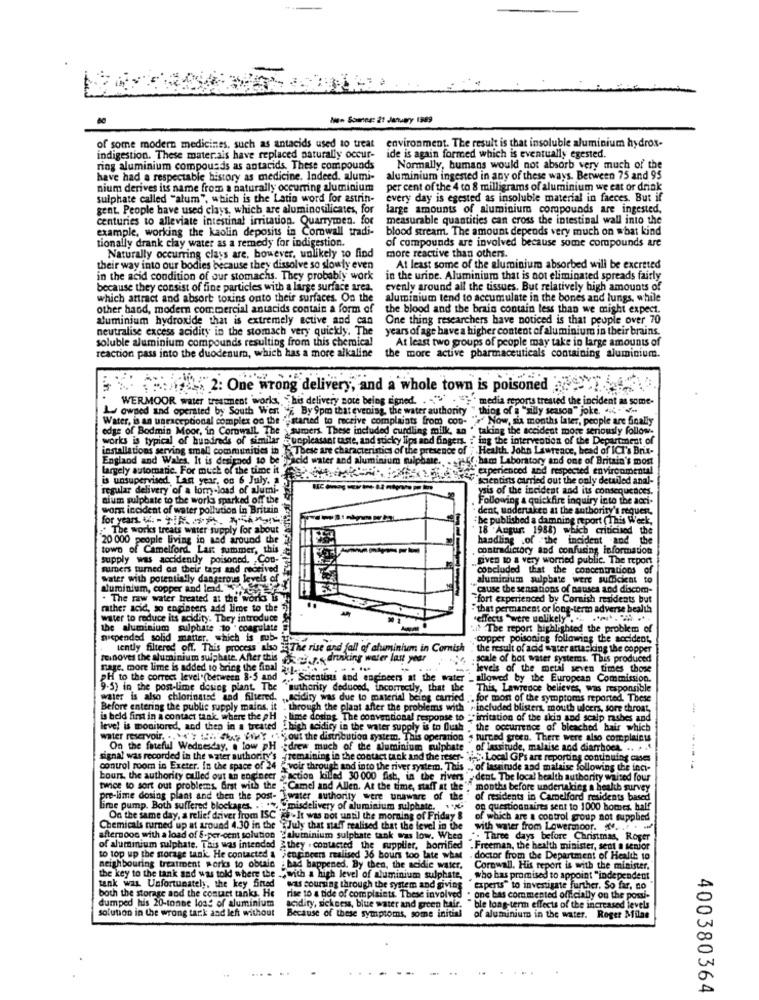
han Somnes: 21 January 1989
environment. The result is that insoluble aluminium hydrox-
of some modern medicines, such as antacids used to treat
indigestion. These materais have replaced naturally occur-
ide is again formed which is eventually egested.
ring aluminium compounds as antacids. These compounds
Normally, humans would not absorb very much of the
have had a respectable history as medicine. Indeed, alumi-
aluminium ingested in any of these ways. Between 75 and 95
nium derives its name from a naturally occurring aluminium
per cent of the 4 to 8 milligrams of aluminium we eat or drink
sulphate called "alum", which is the Latin word for astrin-
every day is egested as insoluble material in faeces. But if
gent. People have used clays, which are aluminosilicates, for
large amounts of aluminium compounds are ingested,
centuries to alleviate intestinal irritation. Quarrymen. for
measurable quantities can cross the intestinal wall into the
example, working the kaolin deposits in Cornwall tradi-
blood stream. The amount depends very much on what kind
tionally drank clay water as a remedy for indigestion.
of compounds are involved because some compounds are
Naturally occurring clays are, however, unlikely to find
more reactive than others.
their way into our bodies because they dissolve so slowly even
At least some of the aluminium absorbed will be excreted
in the acid condition of our stomachs. They probably work
in the urine. Aluminium that is not eliminated spreads fairly
because they consist of fine particles with a large surface area.
evenly around all the tissues. But relatively high amounts of
which attract and absorb toxins onto their surfaces. On the
aluminium tend to accumulate in the bones and lungs, while
other hand, modern commercial antacids contain a form of
the blood and the brain contain less than we might expect.
aluminium hydroxide that is extremely active and can
One thing researchers have noticed is that peuple over 70
neutralise excess acidity in the stomach very quickly. The
years of age have a higher content of aluminium in their brains.
soluble aluminium compounds resulting from this chemical
.At least two groups of people may take in large amounts of
reaction pass into the duodenum, which has a more alkaline
the more active pharmaceuticals containing aluminium.
pois 2: One wrong delivery, and a whole town is poisoned
WERMOOR water treatment work, his delivery note being signed.
media reports treated the incident as some-
Lu owned and operated by South West ", By 9pm that evening, the water authority " thing of a "silly
joke. -
Water, is an unexcepcional complex on the '"started to receive complaints from con- "+" Now, six months later, people are finally
edge of Bodmin Moor, in Cornwall, The > sumers. These included curdling milk, an " taking the acciden
moge senously follow-
works is typical of hundreds of similar yunpleasant taste, and sticky lips and fingers.
ing the intervention of the Department of
installations serving small communities in
DUbese are characteristics of the presence of
[Health John Lawrence, head of ICI's Brix-
England and Wales, It is designed to be jracid water and aluminium quiph
pff. ham Laboratory and one of Britain's most
largely automatic. For much of the time it
experienced and
respected environmental
is unsupervised Last year, on 6 July.
Scientists carrie
out the only detailed anal-
regular delivery of a lom -load of alumi-
ysis of the incident and its consequences.
sium sulphate to the world sparked off the
Following & quic
nickfire inquiry into the acri-
worst incident of water pollution in Britain
dent, undertaken at the authority's requer.
for years. V. - NR. DA. MA
be published a damning report (This Week,
* The works treats water supply for about
18 Augur: 1988) which criticised the
20 000 people living in and around che
handling .of the incident and the
town of Camelford Last summer, this
contradictory and confusing information
supply was accidently poisoned. Con-
given to a very worried public. The report
mimers turned on their taps and received
"concluded that the concentrations of
Water with potentially dangerous levels of
aluminium sulphate were sufficient
aluminium, copper and lend. "
cause the sensations of nausea and discom-
. The raw water treated at the world Is
Ffort experienced by Cornish residents but
rather acid, so engineers add lime to the
"that permanent or long-term adverse health
water to reduce its acidity. They introduce
effects "were wolikely . ... ....
the aluminium sulphate 10 . coagulate
.if The report highlighted the problem of
suspended solid matter, which is mub-
copper poisoning following the accident,
tently filtered off. This process also E The rise and fall of aluminium in Cornish , the result of acid water attacking the copper
the result of acid water attacking the copper
foinoves the aluminium sulphate. After this , drinking water last year
.scale of bot water systems. This produced
Tage, more lime is added to bring the final
. ..
veis of the metal seven times those
pH to the correct level .(between 8-5 and
Scientists and engineers at the water "_ allowed by the European Commission.
allowed by the European Commission.
9.5) in the post-lime dosing plant. The
`suthenty deduced, incorrectly, that the
This, Lawrence believes, was responsible
water is also chlorinated and filtered.
acidity was due to material being carried .. for mon of the symptoms reported. These
Before entering the public supply mains. it
. through the plaat after the problems with ~ included blisters, mouth ulcers, sore throat,
is beld first in a contact tank, where the PH
lime dosing The conventional response to "irritation of the skin and scalp rashes and
leve! is monitored, and then in a treated : high acidity in the water supply is to flush , the occurrence of bleached hair which
water reservoir. .. "N'y !: - Vy out the distribution system. This operation , turned green. There were also complaints
On the fateful Wednesday, . low pH .
On the fateful Wednesday, . low pH -drew much of the aluminium sulphate of lassitude, malaise and diarrhoea. .. . ..
signal was recorded in the water authority's -(remaining in the contact tank and the reser- $. Local GPs are reporting continuing case
control room in Exeter. In the space of 24 " voir through and into the river system. This ., of lassitude and malaise following the inci-
bours, the authority culled out an engineer
action killed 30 000 fish, in the rivers " dent The local health authority waited four
twice to sort out problems. Grst with the "Camel and Allen. At the time, staff at the"," months before undertaking a health survey
pre-lime dosing plant and then the post- Jwater authority were unaware of the
of residents in Camelford residents
Lime pump. Both suffered blockages. .. .. "misdelivery of aluminium sulphate. .
a questionnaires sent to 1000 homes. half
On the same day, a relief driver from ISC .It was not until the morning of Friday &
of which are a control group not supplied
Chemicals turned up at around 4.30 in the '{July that staff realised that the level in the
with water from Lowermoor. ...
afternoon with a load of $.per-cent solution ",aluminium sulphate tank was low. When
": Three days before Christmas, Roger
of aluminium sulphate. This was intended > they . contacted the supplier, horrified . Freeman, the health minister, sent a senior
.Freeman, the health minister, sent a senior
to top up the norage tank. He contacted & engineers realised 36 bours too late what . doctor from the Department of Health 10
neighbouring treatment works to obtain : had happened. By then, the acidie water.
Cornwall. His report is with the minister.
the key to the tank and was told where the ., with a high level of aluminium sulphate,
who has promised to appoint "independent
tank was. Unfortunately, the key Sned
was coursing through the system and giving
experts" to investigate further. So far, no
both the storage and the contact tanks, He
dumped his 20-tonne load of aluminium
rise to a tide of complaints. These involved . one bas commented officially on the post-
solution in the wrong tark and left without
acidity, sickness, blue water and green bair.
" ble long-term effects of the increased levels
Because of these symptoms, some initial
e initial
of aluminium in the water. Roger Milne
400380364